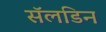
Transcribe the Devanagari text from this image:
सॅलडिन